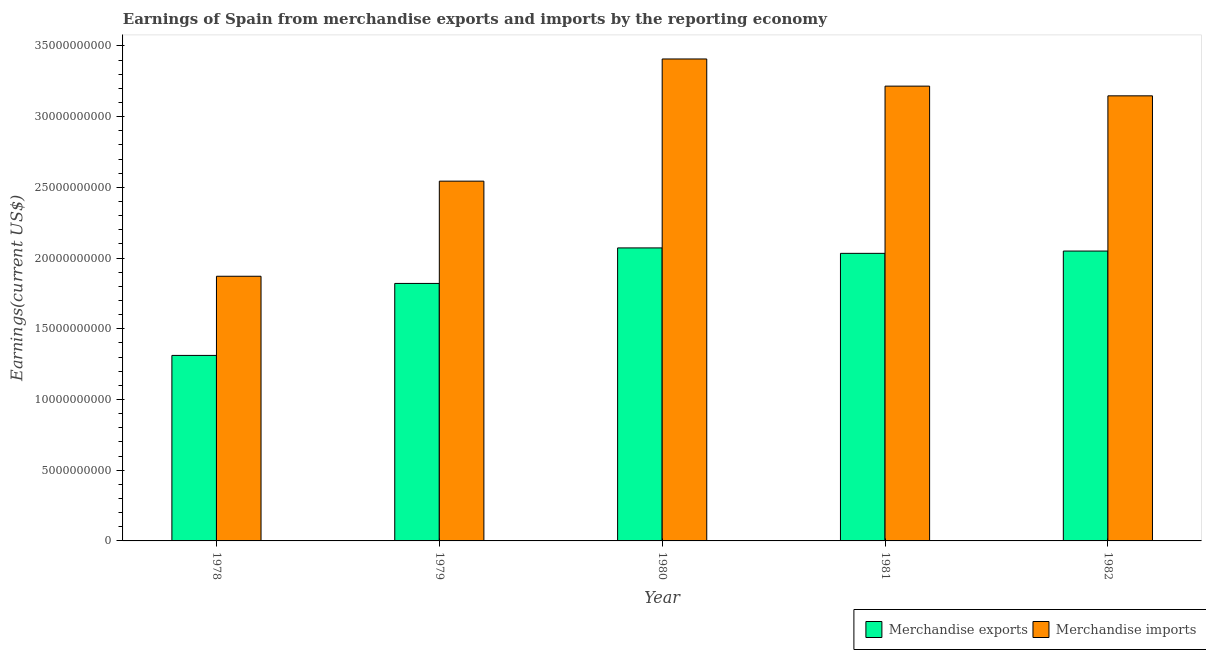
| Year | Merchandise exports | Merchandise imports |
 | --- | --- | --- |
 | 1978 | 1.31e+10 | 1.87e+10 |
 | 1979 | 1.82e+10 | 2.54e+10 |
 | 1980 | 2.07e+10 | 3.41e+10 |
 | 1981 | 2.03e+10 | 3.22e+10 |
 | 1982 | 2.05e+10 | 3.15e+10 |